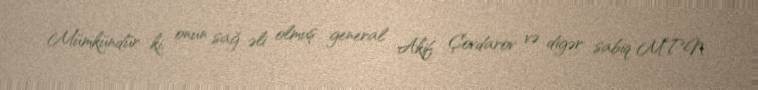
Mümkündür ki, onun sağ əli olmuş general Akif Çovdarov və digər sabiq MTN